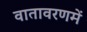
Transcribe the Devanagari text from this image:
वातावरणमें